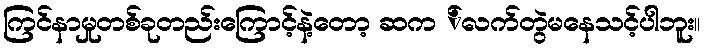
ကြင်နာမှုတစ်ခုတည်းကြောင့်နဲ့တော့ ဆက ်လက်တွဲမနေသင့်ပါဘူး။